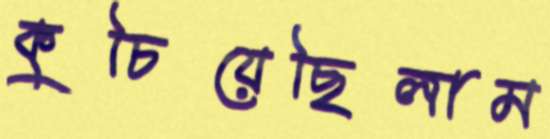
কুচিয়েছিলাম